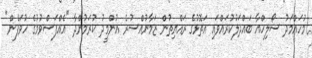
މުހައްމަދު ސޯލިހްއާ ބައްދަލުކުރައްވައި އަތޮޅުގެ ރައްޔިތުން ޒަމާނުއްސުރެ އުންމީދު ކުރަމުންދާ "އެއްފަސްވުމުގެ ހުވަފެން"